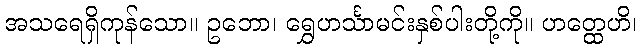
အသရေရှိကုန်သော။ ဥဘော၊ ရွှေဟင်္သာမင်းနှစ်ပါးတို့ကို။ ဟတ္ထေဟိ၊